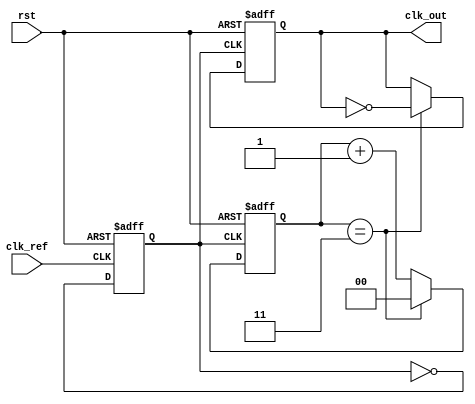
module pll_integer_n (
    input wire clk_ref,         // Reference clock input
    input wire rst,             // Reset signal
    output reg clk_out          // PLL output clock
);

// Parameters
parameter N = 4;               // Integer division factor
parameter VCO_MAX_FREQ = 100;  // Maximum frequency for VCO
parameter VCO_MIN_FREQ = 10;   // Minimum frequency for VCO

// Internal signals
reg [1:0] phase_detector;      // Phase detector output
reg [7:0] control_voltage;      // Control voltage for VCO
reg vco_clk;                   // VCO output clock
reg [1:0] divider;             // Frequency divider count
reg [7:0] vco_freq;            // Current frequency of VCO

// Phase Frequency Detector (PFD)
always @(posedge clk_ref or posedge rst) begin
    if (rst) begin
        phase_detector <= 2'b00;
    end else begin
        // Simple phase detection logic
        // This is a placeholder for actual phase detection logic.
        // You would implement a more sophisticated phase comparison here.
        phase_detector <= {clk_ref, vco_clk};
    end
end

// Charge Pump (CP)
always @(posedge clk_ref or posedge rst) begin
    if (rst) begin
        control_voltage <= 8'b0;
    end else begin
        case (phase_detector)
            2'b01: control_voltage <= control_voltage + 1; // UP signal
            2'b10: control_voltage <= control_voltage - 1; // DOWN signal
            default: control_voltage <= control_voltage;    // No change
        endcase
    end
end

// Loop Filter (LF)
always @(posedge clk_ref or posedge rst) begin
    if (rst) begin
        // Initialize VCO frequency
        vco_freq <= VCO_MIN_FREQ;
    end else begin
        // Simple low-pass filter logic
        // This is a placeholder for actual loop filter logic.
        // Control voltage is directly mapped to VCO frequency.
        vco_freq <= VCO_MIN_FREQ + control_voltage[7:0] % (VCO_MAX_FREQ - VCO_MIN_FREQ);
    end
end

// Voltage-Controlled Oscillator (VCO)
always @(posedge clk_ref or posedge rst) begin
    if (rst) begin
        vco_clk <= 0;
    end else begin
        // Generate VCO clock based on frequency
        // This is a placeholder for actual VCO behavior.
        // The output frequency would depend on vco_freq.
        vco_clk <= ~vco_clk; // Toggle clock for demonstration
    end
end

// Frequency Divider
always @(posedge vco_clk or posedge rst) begin
    if (rst) begin
        divider <= 0;
        clk_out <= 0;
    end else begin
        divider <= divider + 1;
        if (divider == N-1) begin
            clk_out <= ~clk_out; // Toggle output clock
            divider <= 0;        // Reset divider
        end
    end
end

endmodule